Bréfritari: Marteinn Jónsson
Dagsetning: A-1900-03-17
Skrifað á: Vesturheimi

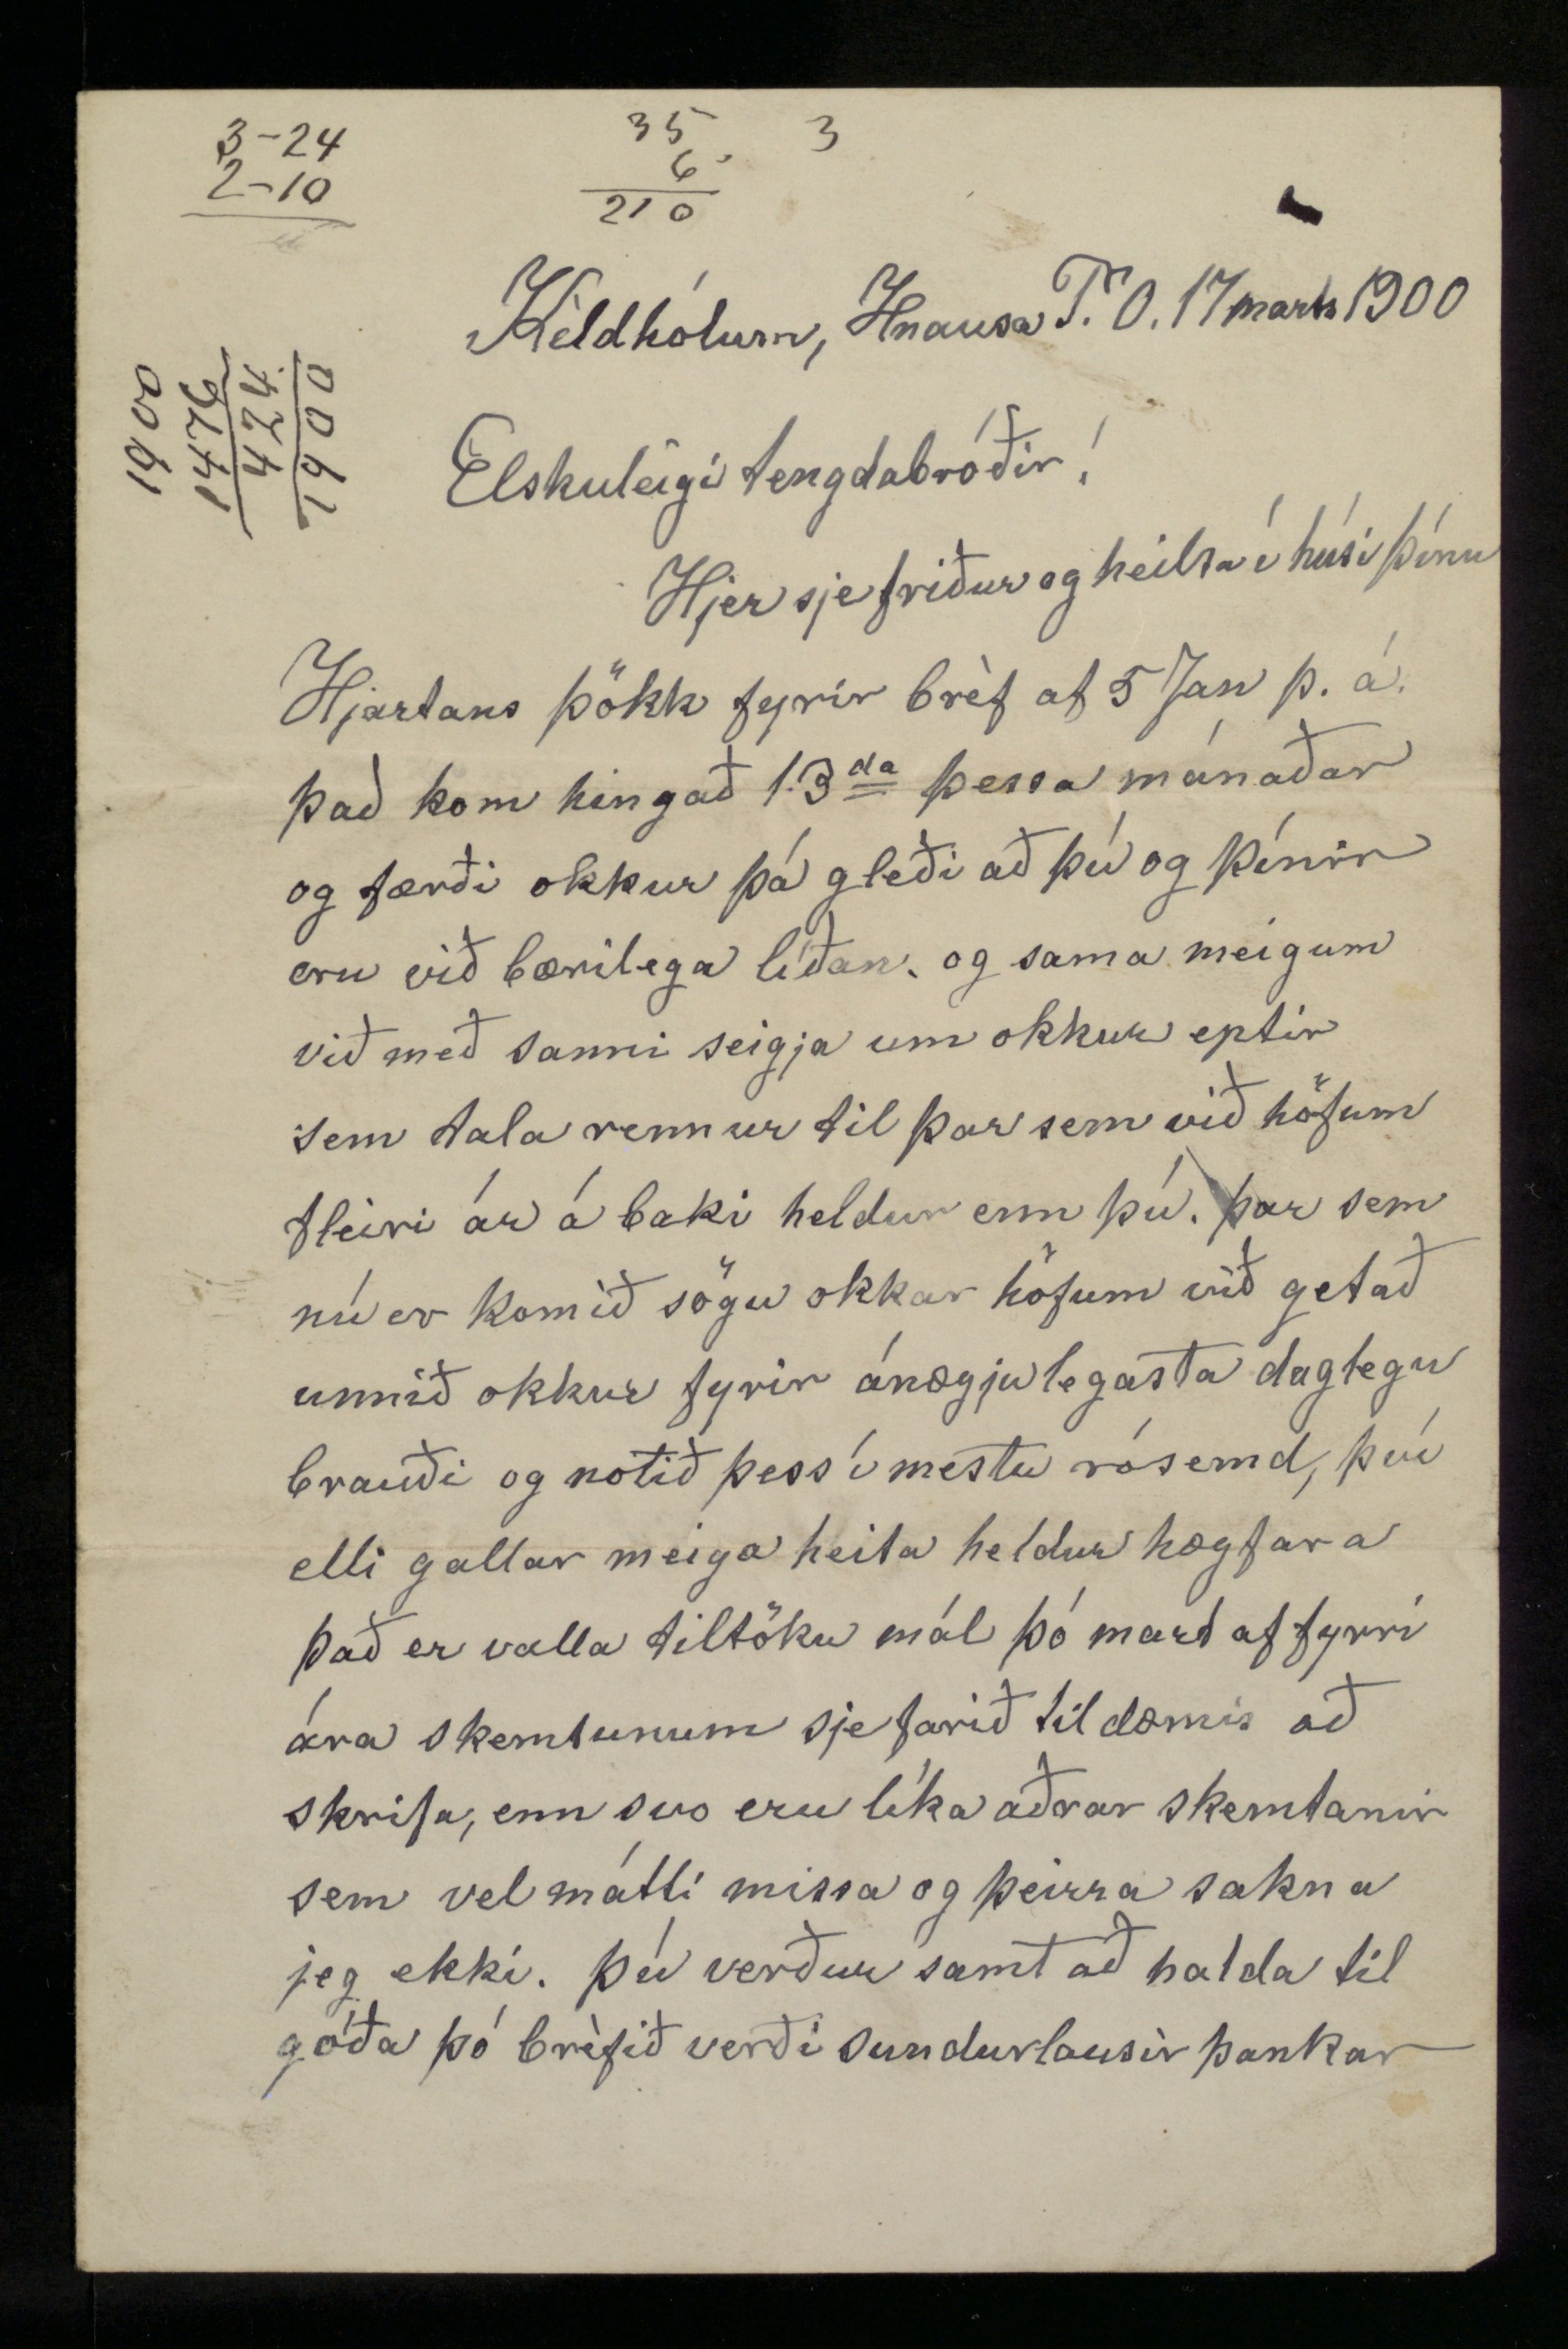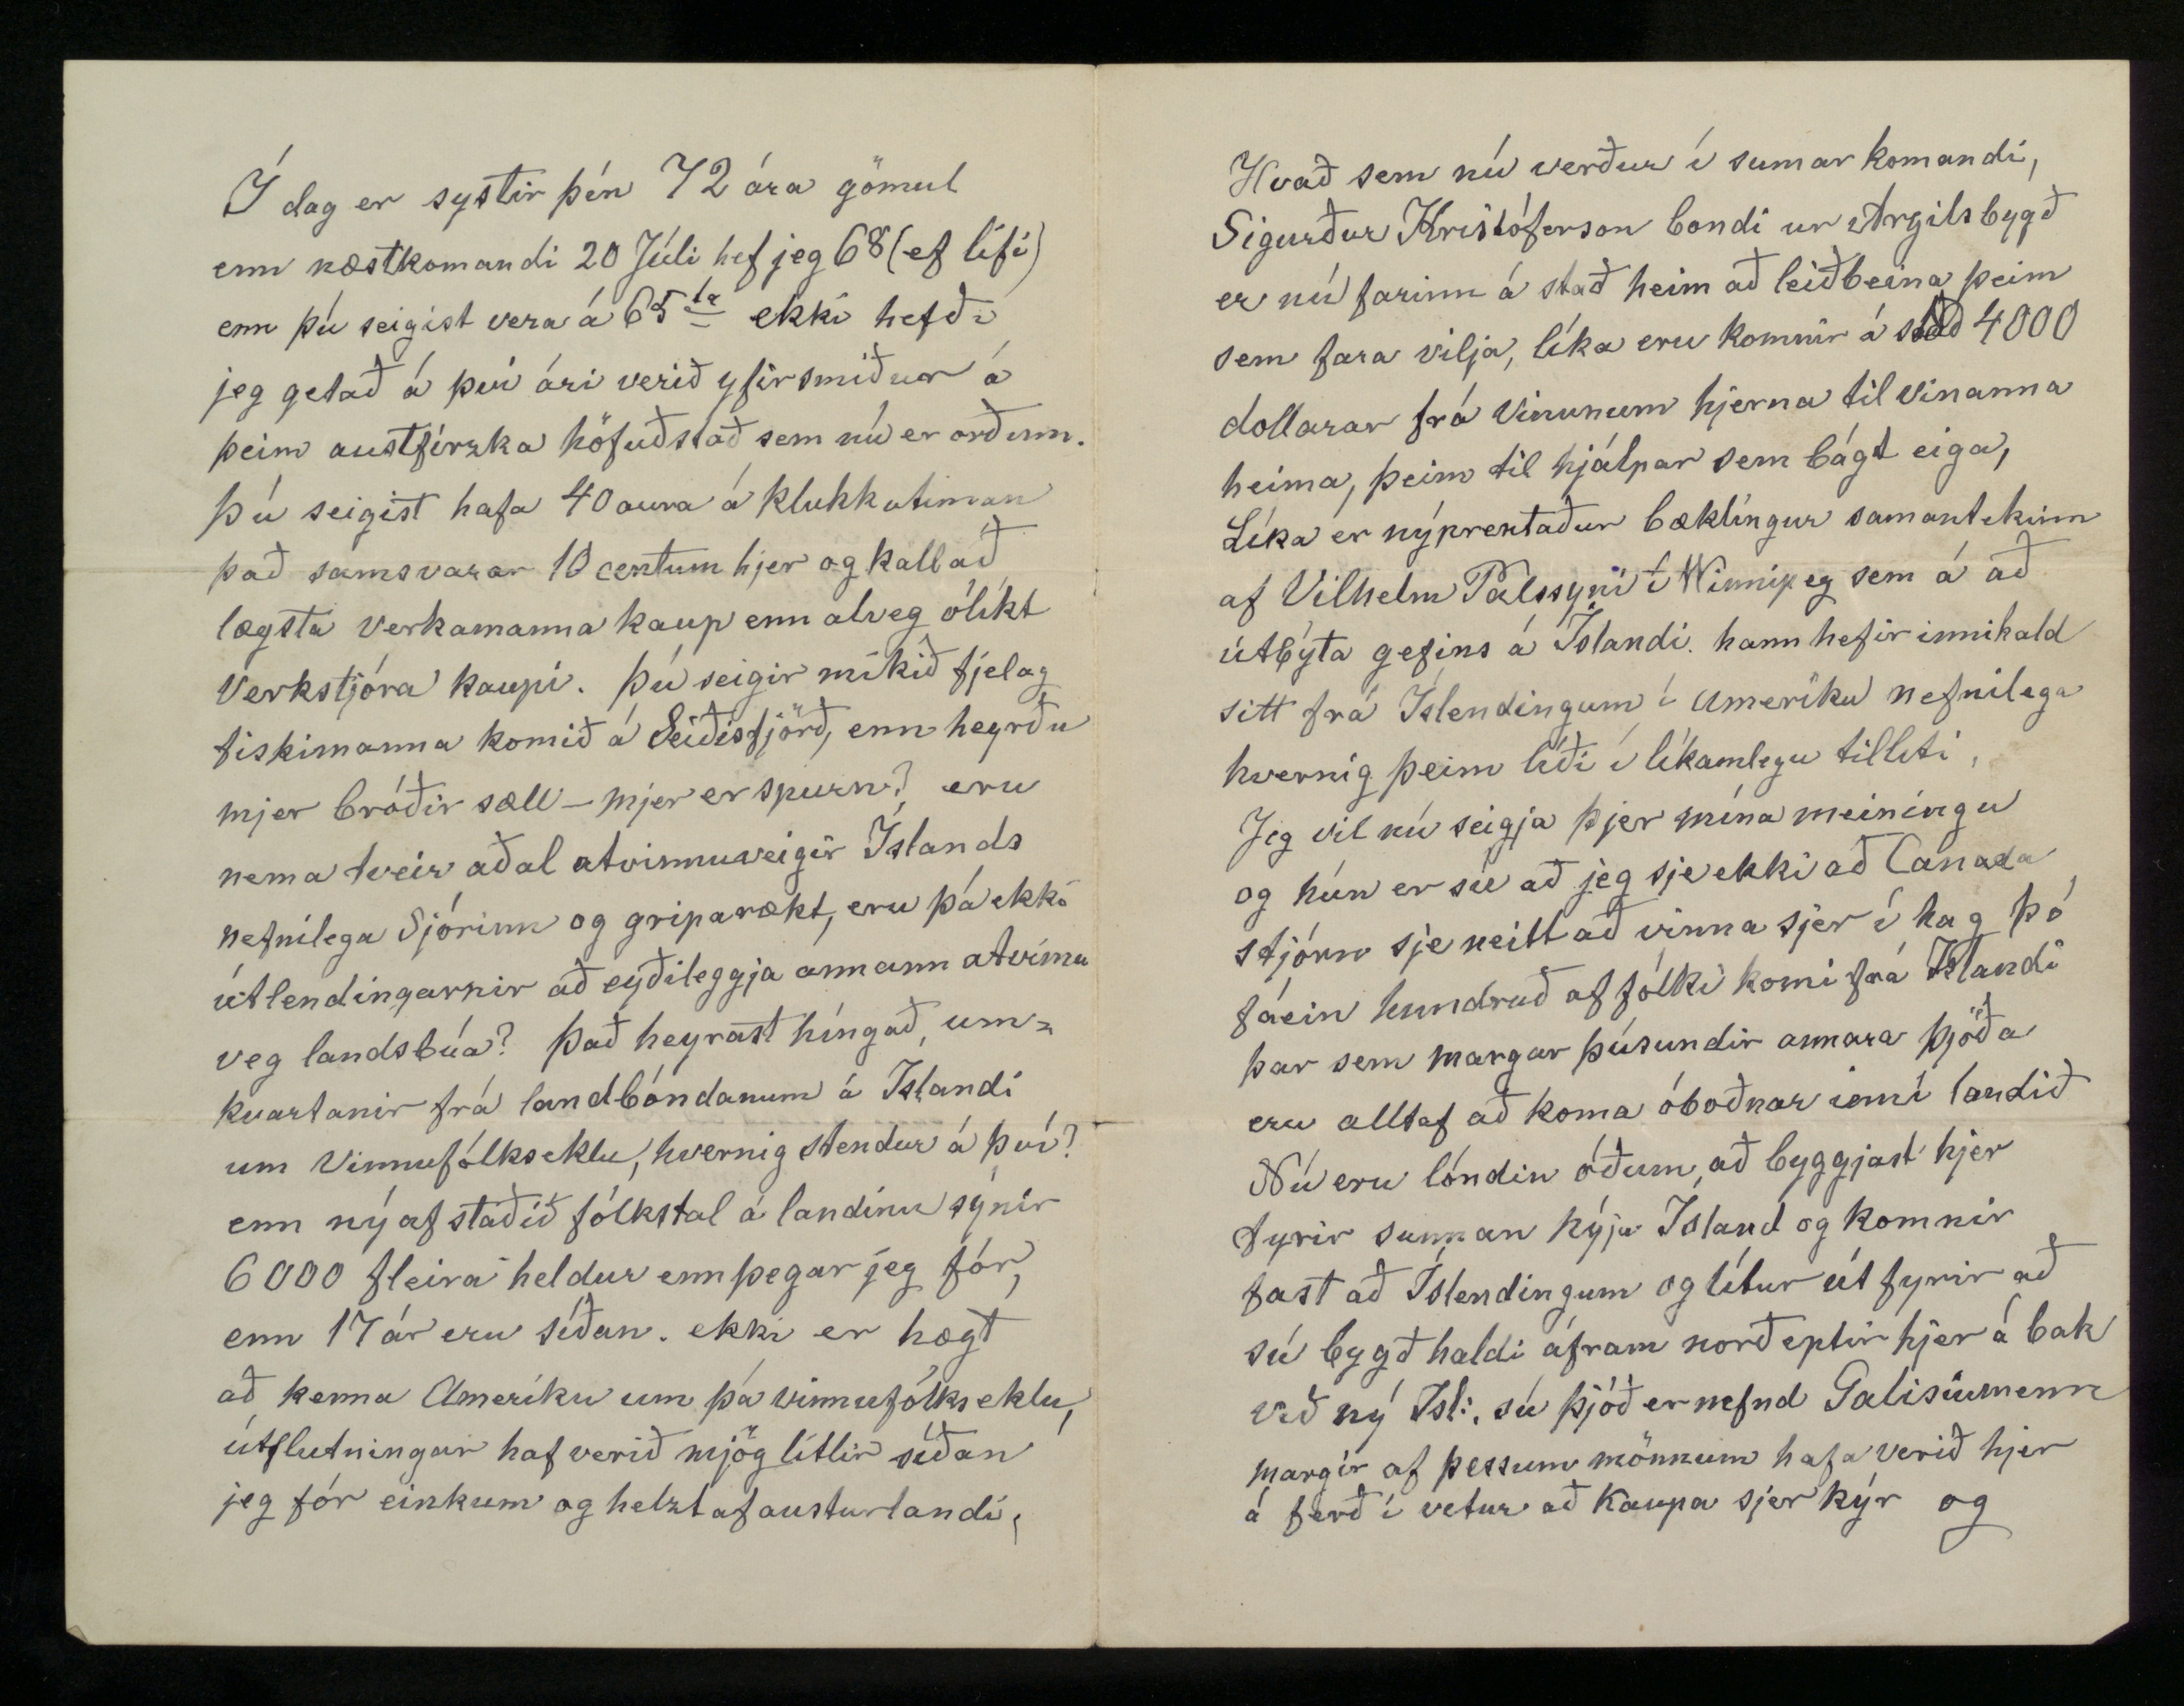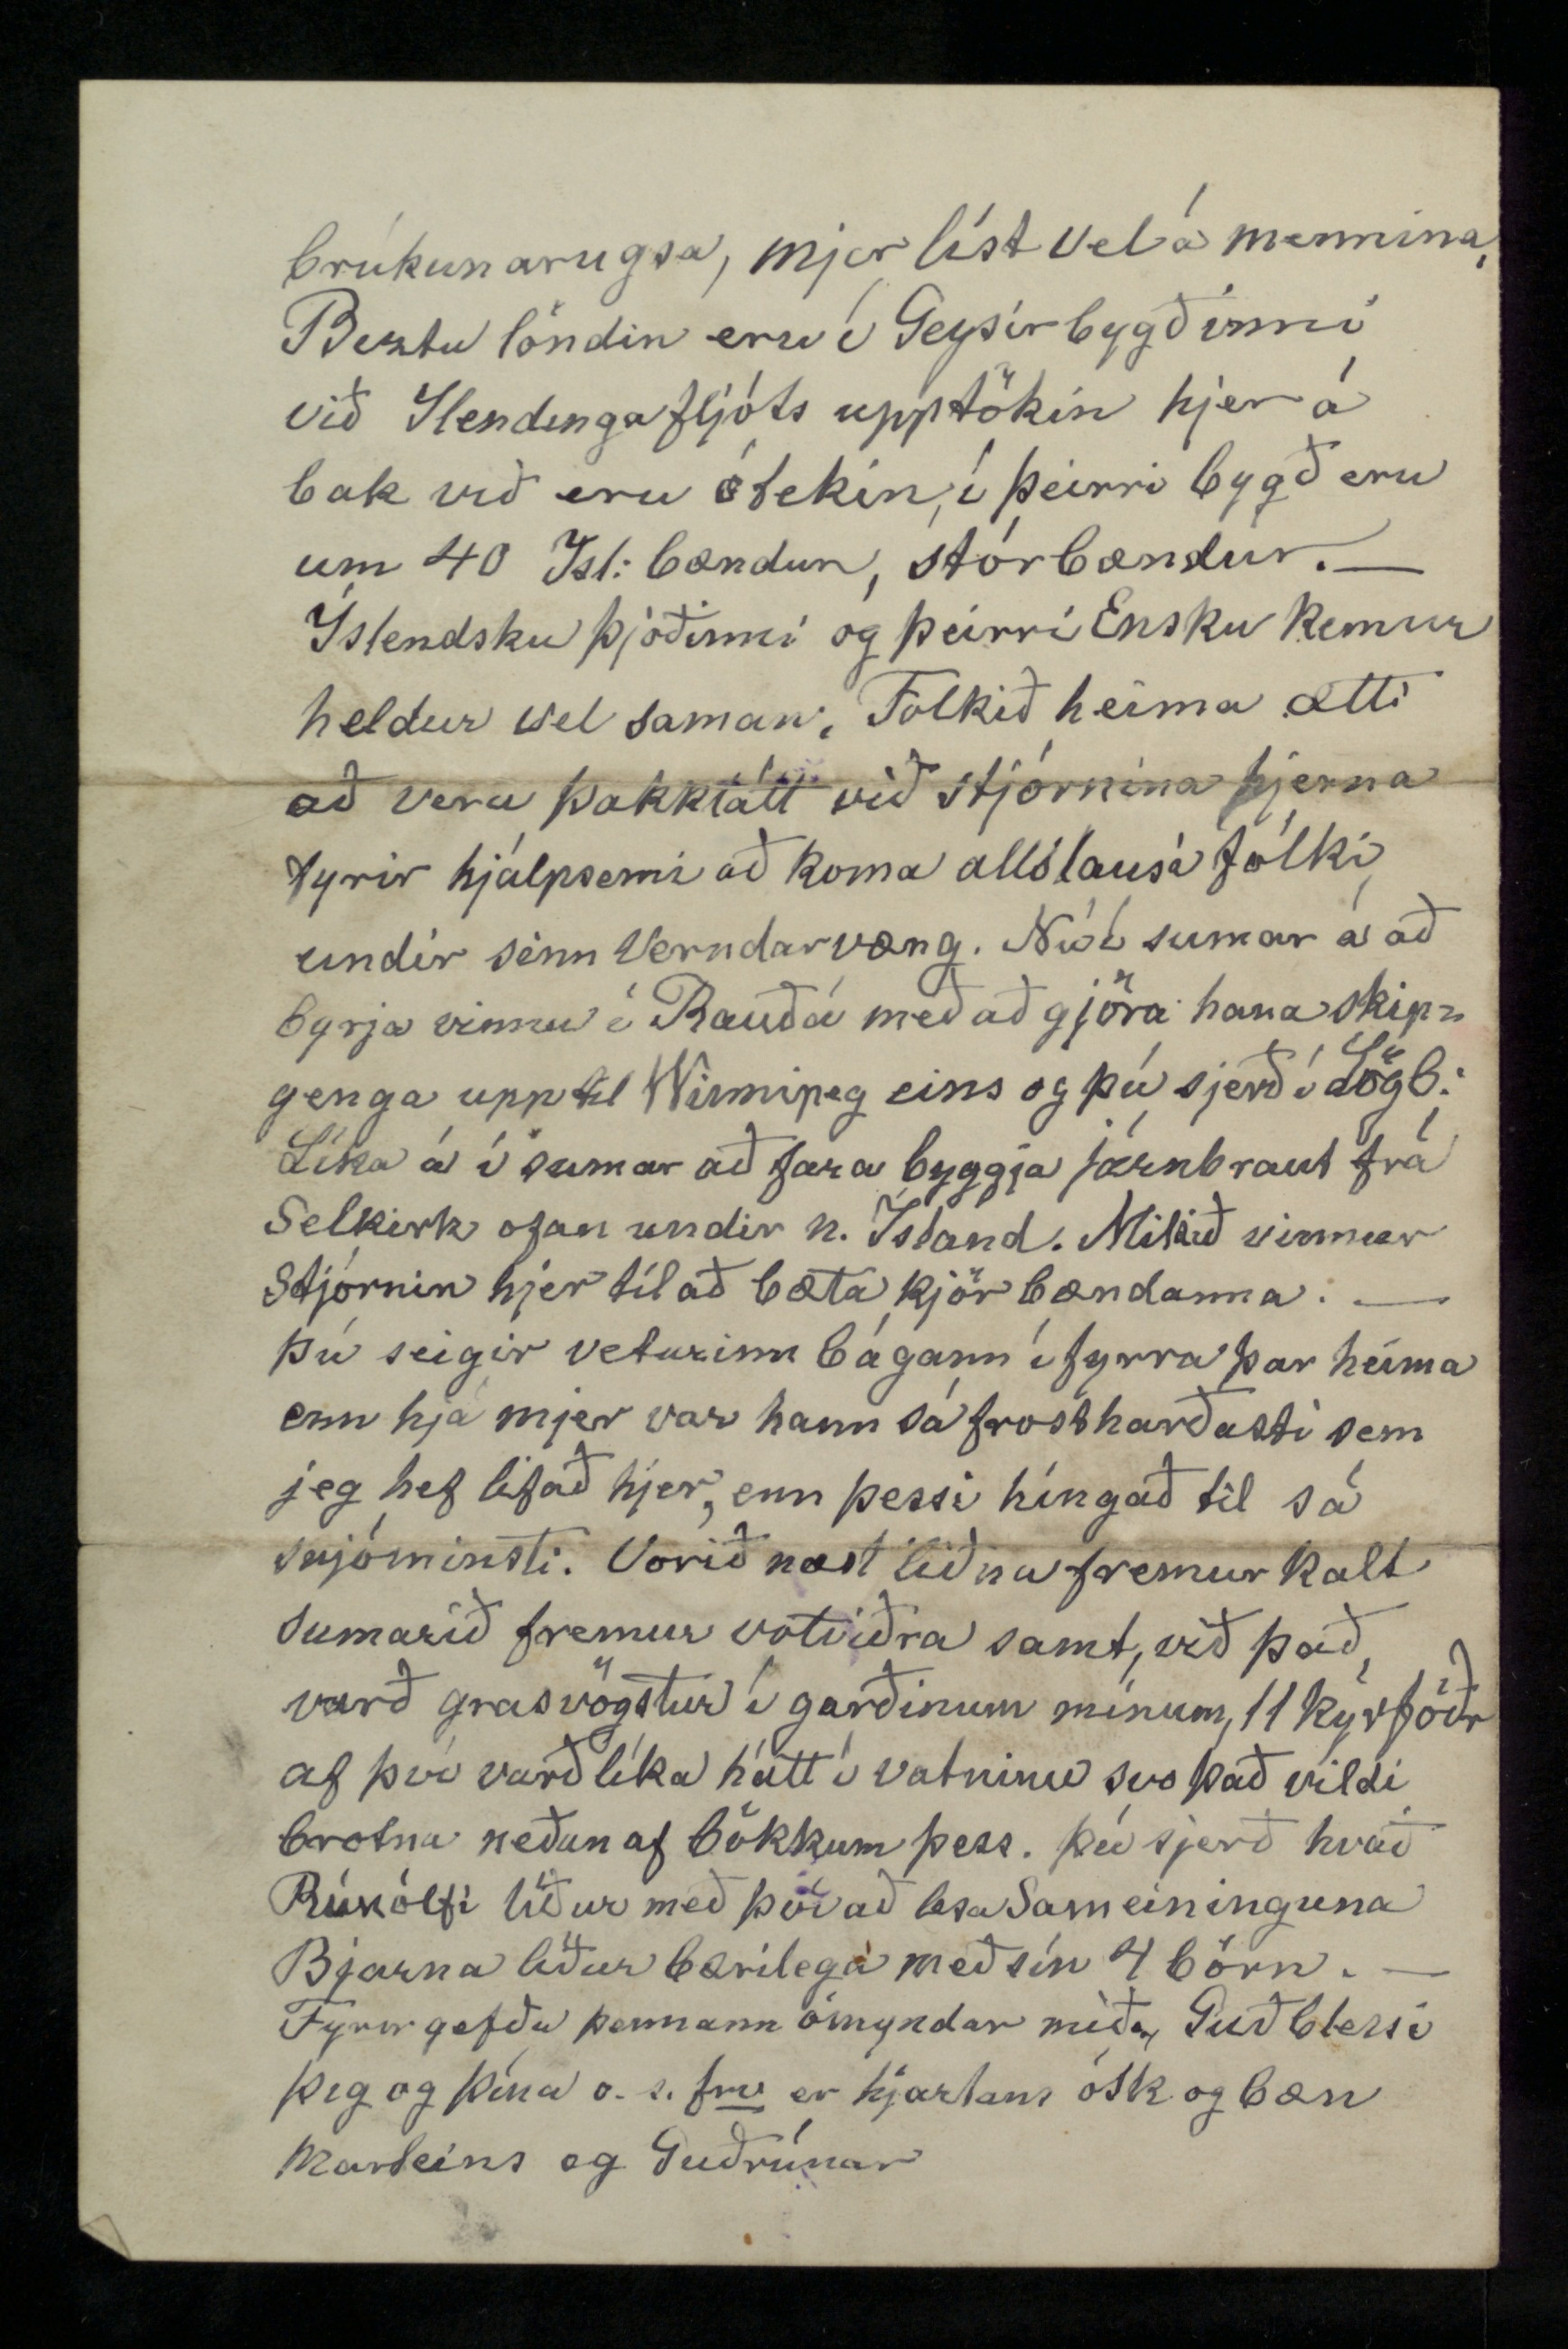

Kéldhólum, Hnausa P.O. 17. marts 1900
Elskulegi tengdabróðir!
Hjer sje friður og heilsa í húsi þínu
Hjartans þökk fyrir bréf af 5 Jan þ.á. það kom hingað 13
da
þessa mánaðar og færði okkur þá gleði að þú og þínir eru við bærilega líðan og sama meigum við með sanni seigja um okkur eptir sem tala rennur til þar sem við höfum fleiri ár á baki heldur enn þú. þar sem nú er komið sögu okkar höfum við getað unnið okkur fyrir ánægjulegasta daglegu brauði og notið þess í mestu rósemd, því elli gallar meiga heita heldur hægfara það er valla tiltöku mál þó mart af fyrri ára skemtunum sje farið til dæmis að skrifa, enn svo eru líka aðrar skemtanir sem vel mátti missa og þeirra sakna jeg ekki. þú verður samt að halda til góða þó bréfið verði sundurlausir þankar
Í dag er systir þín 72 ára gömul enn næstkomandi 20 Júlí hef jeg 68 (ef lifi) enn þú seigist vera á 65
da
ekki hefði jeg getað á því ári verið yfirsmiður á þeim austfirska höfuðstað sem nú er orðinn. Þú seigist hafa 40 aura á klukkutíman það samsvarar 10 centum hjer og kallað lægsta verkamanna kaup enn alveg ólíkt verkstjóra kaupi. Þú seigir mikið fjelag fiskimanna komið á Seiðisfjörð, enn heyrðu mjer bróðir sæll - mjer er spurn eru nema tveir aðal atvinnuveigir Íslands nefnilega sjórinn og griparækt, eru þá ekki útlendingarnir að eyðileggja annann atvinnu veg landsbúa? Það heyrast híngað umkvartanir frá landbóndanum á Íslandi um vinnufólkseklu, hvernig stendur á því? enn ný afstaðið fólkstal á landinu sýnir 6000 fleira heldur enn þegar jeg fór enn 17 ár eru síðan. ekki er hægt að kenna Ameríku um þá vinnufólkseklu, útflutningar haf verið mjög litlir síðan jeg fór einkum og helzt af austurlandi.
Hvað sem nú verður í sumar komandi, Sigurður Kristóferson bondi ur Argilsbygð er nú farinn á stað heim að leiðbeina þeim sem fara vilja, líka eru komnir á 4000 dollarar frá vinunum hjerna til vinanna heima, þeim til hjálpar sem bágt eiga, Líka er nýprentaður bæklingur samantekinn af Vilhelm Pálssyni í Winnipeg sem á að útbýta gefins á Íslandi hann hefir innihald sitt frá Íslendingum í Ameríku nefnilega hvernig þeim líði í líkamlegu tilliti, Jeg vil nú seigja þjer mína meiningu og hún er sú að jeg sje ekki að Canada stjórn sje neitt að vinna sjer í hag þó fáein hundruð af fólki komi frá Islandi þar sem margar þúsundir annarar þjóðar eru alltaf að koma óboðnar inní landið Nú eru löndin óðum að byggjast hjer fyrir sunnan Nýja Ísland og komnir fast að Íslendingum og lítur út fyrir að sú bygð haldi áfam norð eptir hjer á bak við ný Isl: sú þjóð er nefnd Galisíumenn margir af þessum mönnum hafa verið hjer á ferð í vetur að kaupa sjer kýr og
brúkunarugsa, mjer líst vel á mennina Beztu löndin eru í Geysirbygðinni við Islendingafljóts upptökin hjer á bak við eru ótekin, í þeirri bygð eru um 40 Isl: bændur, stórbændur. - Íslendsku þjóðinni og þeirri Ensku kemur heldur vel saman. Fólkið heima ætti að vera þakklátt við stjórnina hjerna fyrir hjálpsemi að koma allslausi fólki undir sinn verndarvæng. Nú í sumar á að byrja vinnu í Rauðá með að gjöra hana skipgenga upp til Winnipeg eins og þú sjerð í Lögb: Líka á í sumar að fara byggja járnbraut frá Selkirk ofan undir n. Ísland. Mikið vinnur stjórnin hjer til að bæta kjör bændanna. - Þú seigir veturinn bágann í fyrra þar heima enn hjá mjer var hann sá frostharðasti sem jeg hef lifað hjer, enn þessi híngað til sá snjóminsti. Vorið næst liðna fremur kalt sumarið fremur votviðra samt, við það varð grasvögstur í garðinum mínum, 11 kýrfóðr af því varð líka hátt í vatninu svo það vildi brotna neðan af bökkum þess. þú sjerð hvað Rúnólfi líður með því að lesa Sameininguna Bjarna líður bærilega með sín 4 börn.
Fyrirgefðu þennan ómyndar miða, Guð blessi þig og þína o.s.
frv.
er hjartans ósk og bæn
Marteins og Guðrúnar